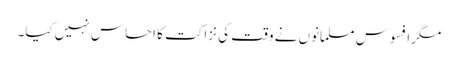
مگرافسوس مسلمانوں نے وقت کی نزاکت کا احساس نہیں کیا۔